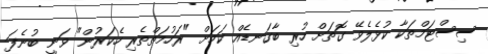
ސިސްޓަމްތަކާ ކުޅެލެވޭ ގޮތަށް ހުރި ބާގަނޑެއް ކަމަށް "ރަހުމަތްތެރި ހެކަރުން" ވަނީ ބުނެފަ